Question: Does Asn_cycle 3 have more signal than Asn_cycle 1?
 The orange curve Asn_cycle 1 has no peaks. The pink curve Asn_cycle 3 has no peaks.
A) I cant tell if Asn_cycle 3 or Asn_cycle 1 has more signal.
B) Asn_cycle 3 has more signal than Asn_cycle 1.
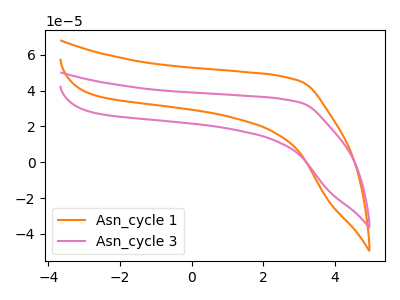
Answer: <think>Neither "Asn_cycle 3" or "Asn_cycle 1" have any peaks.
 </think>
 <answer>A) I cant tell if "Asn_cycle 3" or "Asn_cycle 1" has more signal.</answer>
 <eval>A</eval>